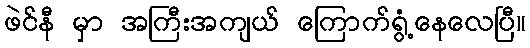
ဖဲင်နီ မှာ အကြီးအကျယ် ကြောက်ရွံ့နေလေပြီ။